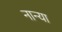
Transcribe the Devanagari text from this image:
नान्या